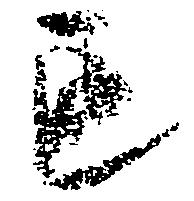
も